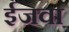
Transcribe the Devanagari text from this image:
ईजवा